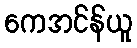
ကေအင်န်ယူ